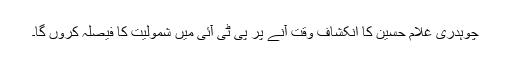
چوہدری غلام حسین کا انکشاف وقت آنے پر پی ٹی آئی میں شمولیت کا فیصلہ کروں گا۔